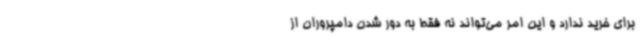
برای خرید ندارد و این امر می‌تواند نه فقط به دور شدن دامپروران از